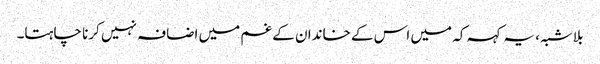
بلاشبہ، یہ کہہ کہ میں اس کے خاندان کے غم میں اضافہ نہیں کرنا چاہتا۔